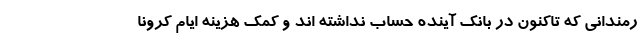
رمندانی که تاکنون در بانک آینده حساب نداشته اند و کمک هزینه ایام کرونا